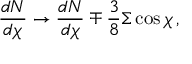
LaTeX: { \frac { d N } { d \chi } } \to { \frac { d N } { d \chi } } \mp { \frac { 3 } { 8 } } \Sigma \cos \chi \, ,